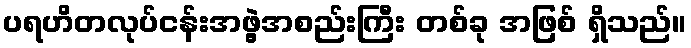
ပရဟိတလုပ်ငန်းအဖွဲ့အစည်းကြီး တစ်ခု အဖြစ် ရှိသည်။